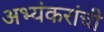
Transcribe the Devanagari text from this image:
अभ्यंकरांची